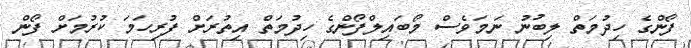
ފޯންގެ ހިދުމަތް ލިބުނު ނަމަވެސް މޯބައިލްފޯންގެ ހިދުމަތް އިތުރަށް ފުރިހަމަ ކުރުމަށް ފޯން